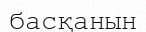
басқанын